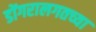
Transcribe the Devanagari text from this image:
डोंगरालगतच्या